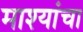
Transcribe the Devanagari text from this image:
माश्यांचा